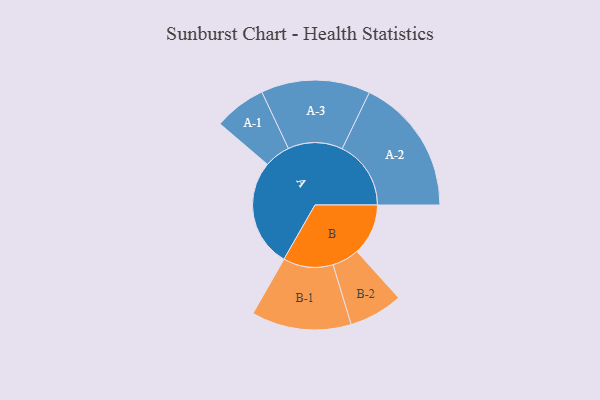
{"axis": {"x": "Segment", "y": "Value"}, "legend": ["", "A", "B"], "data": [{"x": "A", "y": 464, "type": ""}, {"x": "B", "y": 221, "type": ""}, {"x": "A-1", "y": 112, "type": "A"}, {"x": "A-2", "y": 296, "type": "A"}, {"x": "A-3", "y": 235, "type": "A"}, {"x": "B-1", "y": 215, "type": "B"}, {"x": "B-2", "y": 116, "type": "B"}]}